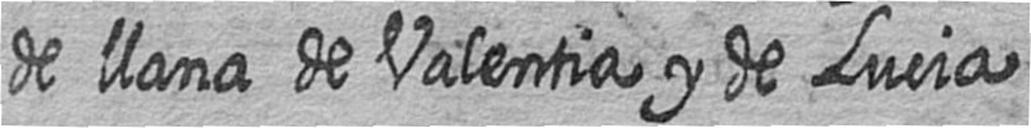
de llana de Valentia y de Lucia